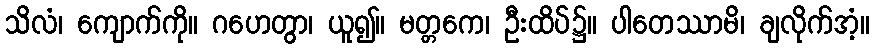
သိလံ၊ ကျောက်ကို။ ဂဟေတွာ၊ ယူ၍။ မတ္တကေ၊ ဦးထိပ်၌။ ပါတေဿာမိ၊ ချလိုက်အံ့။